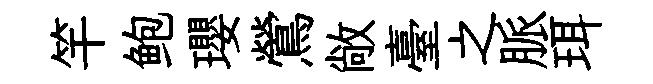
竿鲍瓔鶯敞臺之脈珥